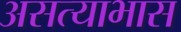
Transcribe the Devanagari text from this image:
असत्याभास